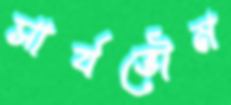
সার্বভৌম